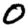
Digit: 0